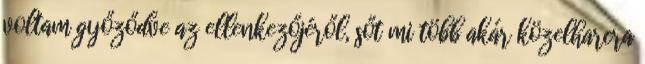
voltam győződve az ellenkezőjéről, sőt mi több akár közelharcra